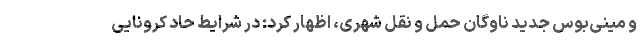
و مینی‌بوس جدید ناوگان حمل و نقل شهری، اظهار کرد: در شرایط حاد کرونایی